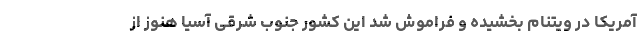
آمریکا در ویتنام بخشیده و فراموش شد این کشور جنوب شرقی آسیا هنوز از